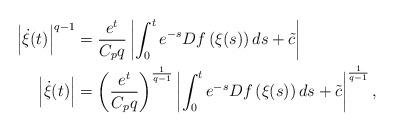
LaTeX: \begin{align*}\begin{aligned} \left| \dot{\xi}(t)\right|^{q-1} &= \frac{e^t}{C_pq} \left|\int_0^te^{-s} Df\left(\xi(s)\right)ds+\tilde{c} \right|\\ \left| \dot{\xi}(t)\right|&=\left(\frac{e^t}{C_pq}\right)^\frac{1}{q-1} \left|\int_0^te^{-s} Df\left(\xi(s)\right)ds+\tilde{c} \right|^\frac{1}{q-1},\end{aligned}\end{align*}